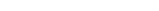
٢٩